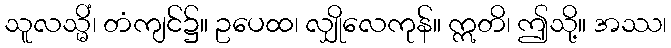
သူလသ္မိံ၊ တံကျင်၌။ ဥပေထ၊ လျှိုလေကုန်။ ဣတိ၊ ဤသို့။ အဿ၊